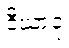
ဒီဃာဝု